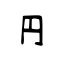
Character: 円